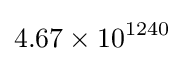
4.67\times 10^{1240}